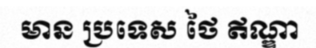
មាន ប្រទេស ថៃ ឥណ្ឌា